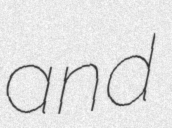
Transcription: and